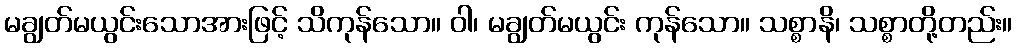
မချွတ်မယွင်းသောအားဖြင့် သိကုန်သော။ ဝါ၊ မချွတ်မယွင်း ကုန်သော။ သစ္စာနိ၊ သစ္စာတို့တည်း။